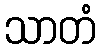
သာတံ